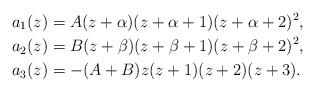
LaTeX: \begin{align*}a_1(z)&=A(z+\alpha)(z+\alpha+1)(z+\alpha+2)^2,\\a_2(z)&=B(z+\beta)(z+\beta+1)(z+\beta+2)^2,\\a_3(z)&=-(A+B)z(z+1)(z+2)(z+3).\end{align*}